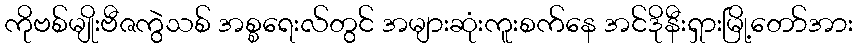
ကိုဗစ်မျိုးဗီဇကွဲသစ် အစ္စရေးလ်တွင် အများဆုံးကူးစက်နေ အင်ဒိုနီးရှားမြို့တော်အား